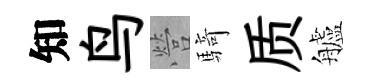
知鸟營騎质艫